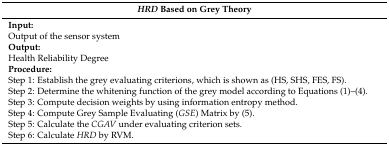
<table><thead><tr><td><b><i>HRD</i> Based on Grey Theory</b></td></tr></thead><tbody><tr><td><b>Input:</b>Output of the sensor system<b>Output:</b>Health Reliability Degree<b>Procedure</b><b>:</b>Step 1: Establish the grey evaluating criterions, which is shown as (HS, SHS, FES, FS).Step 2: Determine the whitening function of the grey model according to Equations (1)–(4).Step 3: Compute decision weights by using information entropy method.Step 4: Compute Grey Sample Evaluating (<i>GSE</i>) Matrix by (5).Step 5: Calculate the <i>CGAV</i> under evaluating criterion sets.Step 6: Calculate <i>HRD</i> by RVM.</td></tr></tbody></table>